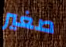
صغير